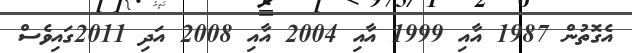
އެގޮތުން 1987 އާއި 1999 އާއި 2004 އާއި 2008 އަދި 2011ގައިވެސް